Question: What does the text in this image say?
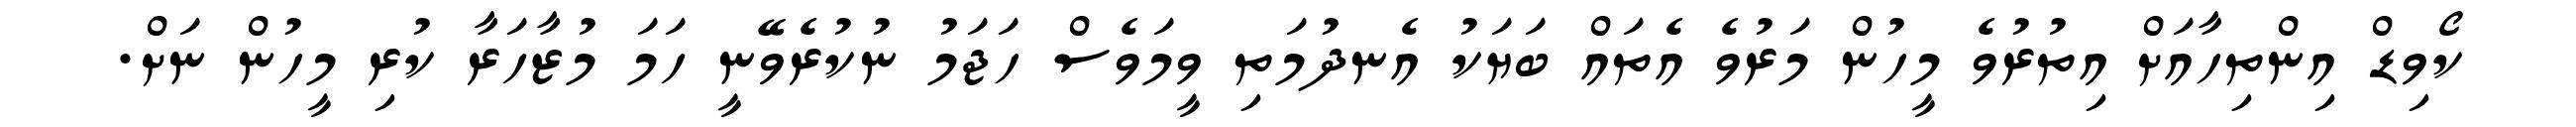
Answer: ކޯވިޑް އިންތިހާއަށް އިތުރުވެ މީހުން މަރުވެ އެތައް ބަޔަކު އެނދުމަތި ވީމަވެސް ހަޖަމު ނުކުރެވޭނީ ހަމަ މުޒާހަރާ ކުރި މީހުން ނަށް.